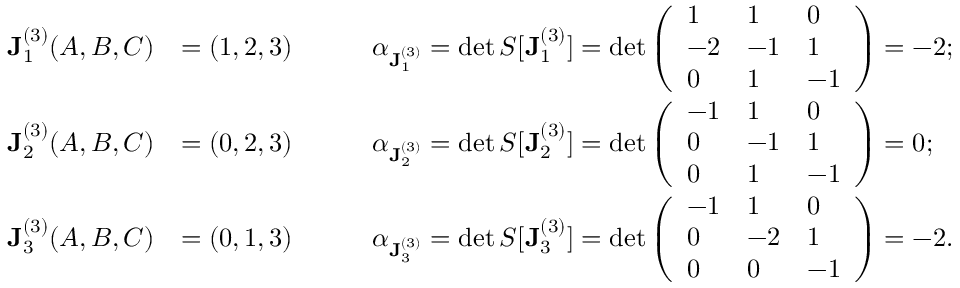
\begin{array} { r l } { \mathbf { J } _ { 1 } ^ { ( 3 ) } ( A , B , C ) } & { = ( 1 , 2 , 3 ) \quad \quad \quad \alpha _ { \mathbf { J } _ { 1 } ^ { ( 3 ) } } = \det S [ \mathbf { J } _ { 1 } ^ { ( 3 ) } ] = \det \left( \begin{array} { l l l } { 1 } & { 1 } & { 0 } \\ { - 2 } & { - 1 } & { 1 } \\ { 0 } & { 1 } & { - 1 } \end{array} \right) = - 2 ; } \\ { \mathbf { J } _ { 2 } ^ { ( 3 ) } ( A , B , C ) } & { = ( 0 , 2 , 3 ) \quad \quad \quad \alpha _ { \mathbf { J } _ { 2 } ^ { ( 3 ) } } = \det S [ \mathbf { J } _ { 2 } ^ { ( 3 ) } ] = \det \left( \begin{array} { l l l } { - 1 } & { 1 } & { 0 } \\ { 0 } & { - 1 } & { 1 } \\ { 0 } & { 1 } & { - 1 } \end{array} \right) = 0 ; } \\ { \mathbf { J } _ { 3 } ^ { ( 3 ) } ( A , B , C ) } & { = ( 0 , 1 , 3 ) \quad \quad \quad \alpha _ { \mathbf { J } _ { 3 } ^ { ( 3 ) } } = \det S [ \mathbf { J } _ { 3 } ^ { ( 3 ) } ] = \det \left( \begin{array} { l l l } { - 1 } & { 1 } & { 0 } \\ { 0 } & { - 2 } & { 1 } \\ { 0 } & { 0 } & { - 1 } \end{array} \right) = - 2 . } \end{array}